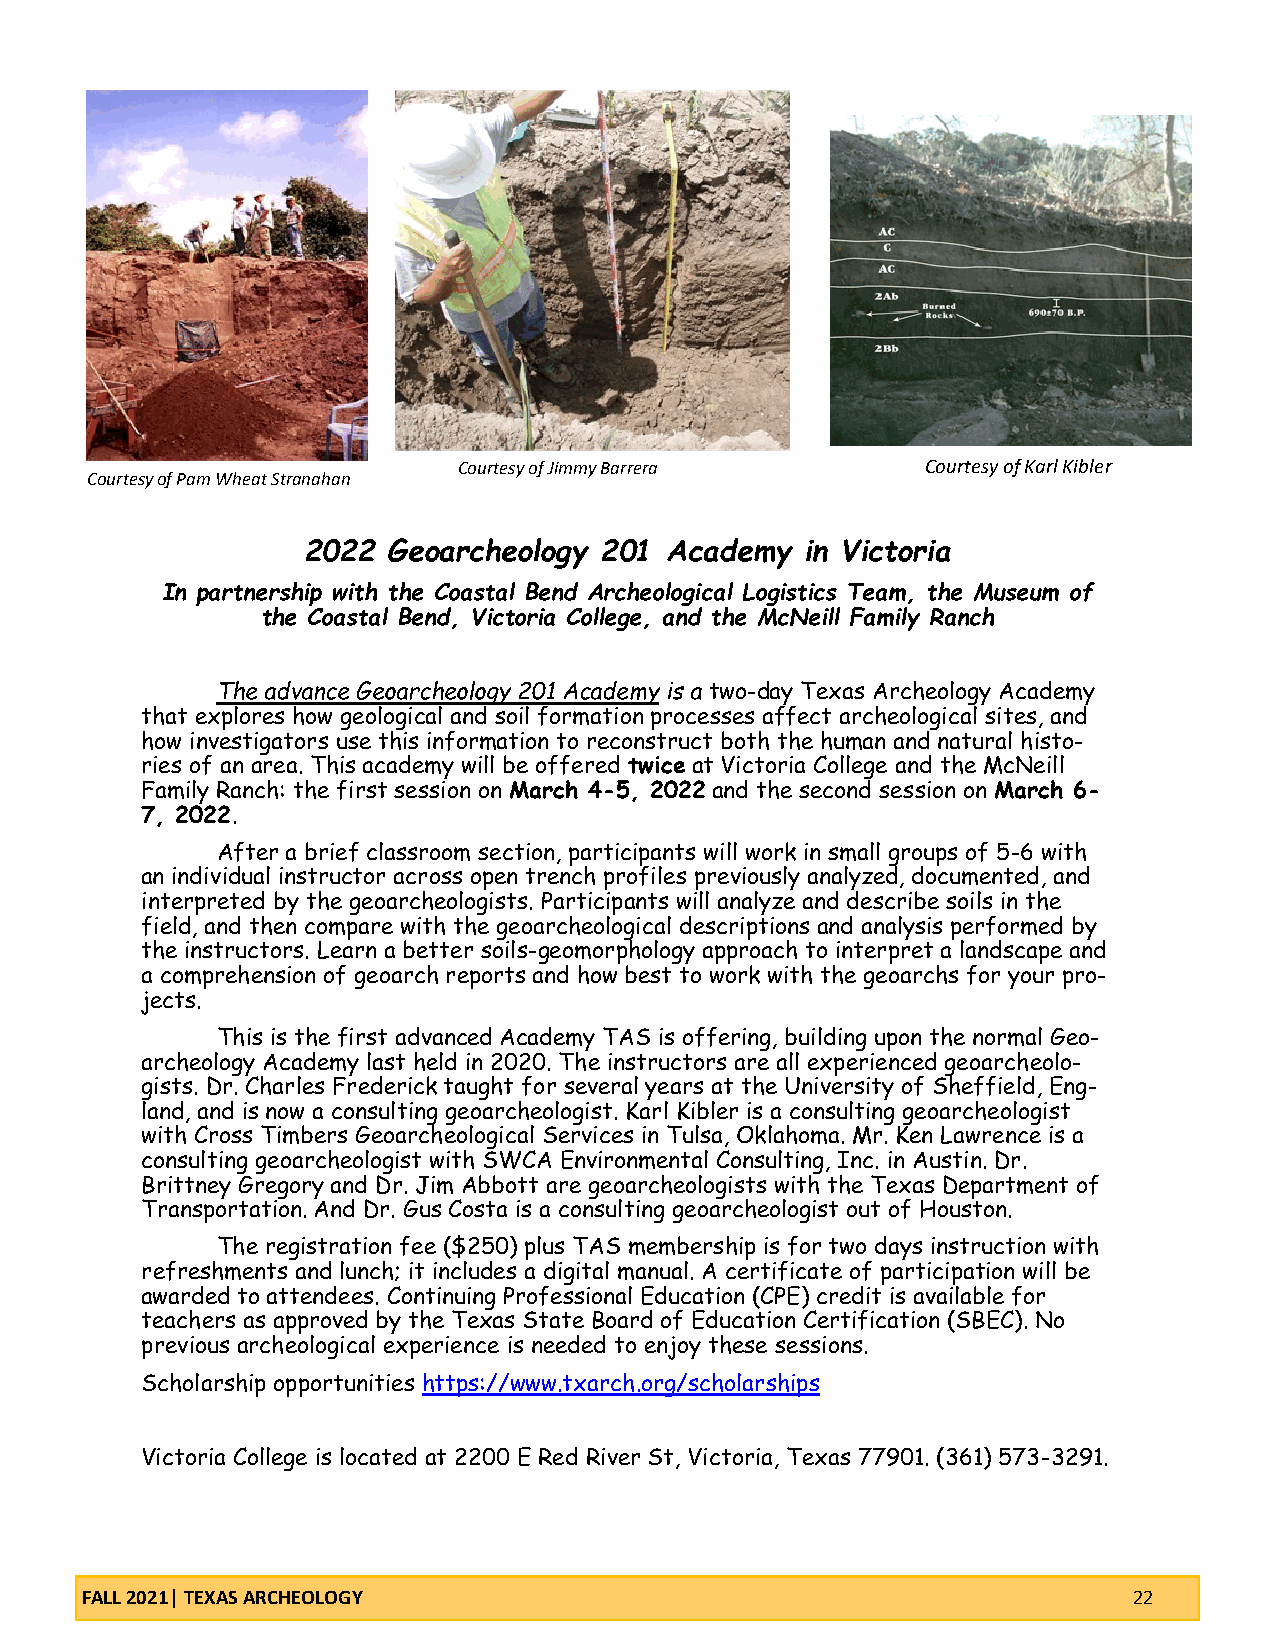
Courtesy of Jimmy Barrera      Courtesy of Karl Kibler
 Courtesy of Pam Wheat Stranahan
 2022  Geoarcheology 201 Academy  in Victoria
 In partnership with the Coastal Bend Archeological Logistics Team, the Museum of
 the Coastal Bend, Victoria College, and the McNeill Family Ranch
 The advance Geoarcheology 201 Academy is a two-day Texas Archeology Academy
 that explores how geological and soil formation processes affect archeological sites, and
 how investigators use this information to reconstruct both the human and natural histo-
 ries of an area. This academy will be offered twice at Victoria College and the McNeill
 Family Ranch: the first session on March 4-5, 2022 and the second session on March 6-
 7, 2022.
 After a brief classroom section, participants will work in small groups of 5-6 with
 an individual instructor across open trench profiles previously analyzed, documented, and
 interpreted by the geoarcheologists. Participants will analyze and describe soils in the
 field, and then compare with the geoarcheological descriptions and analysis performed by
 the instructors. Learn a better soils-geomorphology approach to interpret a landscape and
 a comprehension of geoarch reports and how best to work with the geoarchs for your pro-
 jects.
 This is the first advanced Academy TAS is offering, building upon the normal Geo-
 archeology Academy last held in 2020. The instructors are all experienced geoarcheolo-
 gists. Dr. Charles Frederick taught for several years at the University of Sheffield, Eng-
 land, and is now a consulting geoarcheologist. Karl Kibler is a consulting geoarcheologist
 with Cross Timbers Geoarcheological Services in Tulsa, Oklahoma. Mr. Ken Lawrence is a
 consulting geoarcheologist with SWCA Environmental Consulting, Inc. in Austin. Dr.
 Brittney Gregory and Dr. Jim Abbott are geoarcheologists with the Texas Department of
 Transportation. And Dr. Gus Costa is a consulting geoarcheologist out of Houston.
 The registration fee ($250) plus TAS membership is for two days instruction with
 refreshments and lunch; it includes a digital manual. A certificate of participation will be
 awarded to attendees. Continuing Professional Education (CPE) credit is available for
 teachers as approved by the Texas State Board of Education Certification (SBEC). No
 previous archeological experience is needed to enjoy these sessions.
 Scholarship opportunities https://www.txarch.org/scholarships
 Victoria College is located at 2200 E Red River St, Victoria, Texas 77901. (361) 573-3291.
 FALL 2021| TEXAS ARCHEOLOGY                                           22